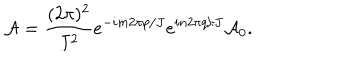
{ \cal A } = \frac { ( 2 \pi ) ^ { 2 } } { J ^ { 2 } } e ^ { - i m 2 \pi p / J } e ^ { i n 2 \pi q / J } { \cal A } _ { 0 } .